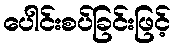
ပေါင်းစပ်ခြင်းဖြင့်